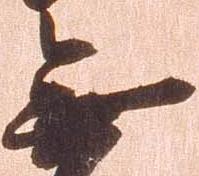
無